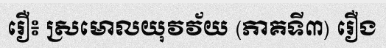
រឿ៖ ស្រមោលយុវវ័យ (ភាគទី៣) រឿង